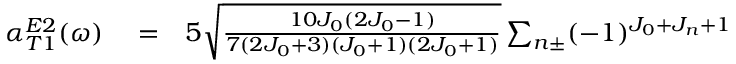
\begin{array} { r l r } { \alpha _ { T 1 } ^ { E 2 } ( \omega ) } & { { } = } & { 5 \sqrt { \frac { 1 0 J _ { 0 } ( 2 J _ { 0 } - 1 ) } { 7 ( 2 J _ { 0 } + 3 ) ( J _ { 0 } + 1 ) ( 2 J _ { 0 } + 1 ) } } \sum _ { n \pm } ( - 1 ) ^ { J _ { 0 } + J _ { n } + 1 } } \end{array}